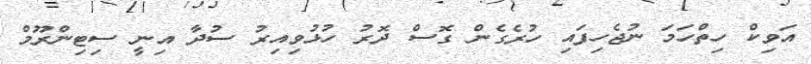
އަވިކް ހިތްހަމަ ނުޖެހިފައި ހުރެގެން ގޮސް ދޮރު ހުޅުވިއިރު ސުދާ އިނީ ސިޓިންރޫމް